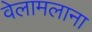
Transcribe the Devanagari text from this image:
वेलामलाना